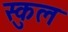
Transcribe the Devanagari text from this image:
स्‍कुल